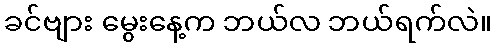
ခင်ဗျား မွေးနေ့က ဘယ်လ ဘယ်ရက်လဲ။